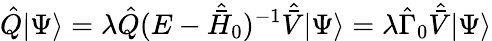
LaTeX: \hat{Q}|\Psi\rangle=\lambda\hat{Q}(E-\hat{\bar{H}}_{0})^{-1}\hat{\bar{V}}|\Psi\rangle=\lambda\hat{\Gamma}_{0}\hat{\bar{V}}|\Psi\rangle